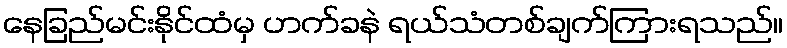
နေခြည်မင်းနိုင်ထံမှ ဟက်ခနဲ ရယ်သံတစ်ချက်ကြားရသည်။